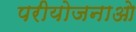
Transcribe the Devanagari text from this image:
परीयोजनाओ